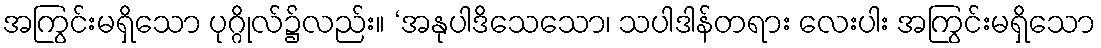
အကြွင်းမရှိသော ပုဂ္ဂိုလ်၌လည်း။ ‘အနုပါဒိသေသော၊ သပါဒါန်တရား လေးပါး အကြွင်းမရှိသော